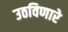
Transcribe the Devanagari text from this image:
उठविणारे